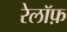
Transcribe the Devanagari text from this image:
रेलॉफ़